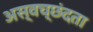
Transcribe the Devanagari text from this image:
अस्वच्छंदता